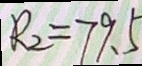
R _ { 2 } = 7 9 . 5